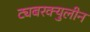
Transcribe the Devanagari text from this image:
ट्यबरक्युलीन